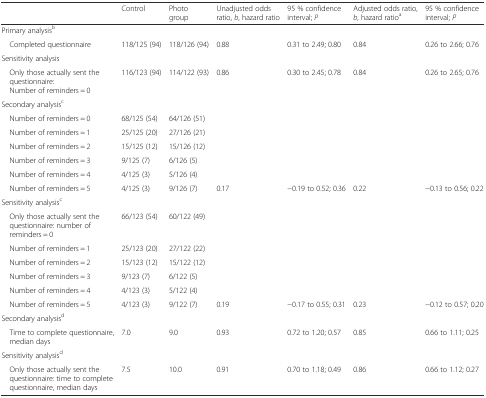
<table><thead><tr><td></td><td><b>Control</b></td><td><b>Photo group</b></td><td><b>Unadjusted odds ratio, <i>b</i>, hazard ratio</b></td><td><b>95 % confidence interval; <i>P</i></b></td><td><b>Adjusted odds ratio, <i>b</i>, hazard ratio<sup>a</sup></b></td><td><b>95 % confidence interval; <i>P</i></b></td></tr></thead><tbody><tr><td colspan="7">Primary analysis<sup>b</sup></td></tr><tr><td> Completed questionnaire</td><td>118/125 (94)</td><td>118/126 (94)</td><td>0.88</td><td>0.31 to 2.49; 0.80</td><td>0.84</td><td>0.26 to 2.66; 0.76</td></tr><tr><td colspan="7">Sensitivity analysis</td></tr><tr><td> Only those actually sent the questionnaire: Number of reminders = 0</td><td>116/123 (94)</td><td>114/122 (93)</td><td>0.86</td><td>0.30 to 2.45; 0.78</td><td>0.84</td><td>0.26 to 2.65; 0.76</td></tr><tr><td colspan="7">Secondary analysis<sup>c</sup></td></tr><tr><td> Number of reminders = 0</td><td>68/125 (54)</td><td>64/126 (51)</td><td></td><td></td><td></td><td></td></tr><tr><td> Number of reminders = 1</td><td>25/125 (20)</td><td>27/126 (21)</td><td></td><td></td><td></td><td></td></tr><tr><td> Number of reminders = 2</td><td>15/125 (12)</td><td>15/126 (12)</td><td></td><td></td><td></td><td></td></tr><tr><td> Number of reminders = 3</td><td>9/125 (7)</td><td>6/126 (5)</td><td></td><td></td><td></td><td></td></tr><tr><td> Number of reminders = 4</td><td>4/125 (3)</td><td>5/126 (4)</td><td></td><td></td><td></td><td></td></tr><tr><td> Number of reminders = 5</td><td>4/125 (3)</td><td>9/126 (7)</td><td>0.17</td><td>−0.19 to 0.52; 0.36</td><td>0.22</td><td>−0.13 to 0.56; 0.22</td></tr><tr><td colspan="7">Sensitivity analysis<sup>c</sup></td></tr><tr><td> Only those actually sent the questionnaire: number of reminders = 0</td><td>66/123 (54)</td><td>60/122 (49)</td><td></td><td></td><td></td><td></td></tr><tr><td> Number of reminders = 1</td><td>25/123 (20)</td><td>27/122 (22)</td><td></td><td></td><td></td><td></td></tr><tr><td> Number of reminders = 2</td><td>15/123 (12)</td><td>15/122 (12)</td><td></td><td></td><td></td><td></td></tr><tr><td> Number of reminders = 3</td><td>9/123 (7)</td><td>6/122 (5)</td><td></td><td></td><td></td><td></td></tr><tr><td> Number of reminders = 4</td><td>4/123 (3)</td><td>5/122 (4)</td><td></td><td></td><td></td><td></td></tr><tr><td> Number of reminders = 5</td><td>4/123 (3)</td><td>9/122 (7)</td><td>0.19</td><td>−0.17 to 0.55; 0.31</td><td>0.23</td><td>−0.12 to 0.57; 0.20</td></tr><tr><td colspan="7">Secondary analysis<sup>d</sup></td></tr><tr><td> Time to complete questionnaire, median days</td><td>7.0</td><td>9.0</td><td>0.93</td><td>0.72 to 1.20; 0.57</td><td>0.85</td><td>0.66 to 1.11; 0.25</td></tr><tr><td colspan="7">Sensitivity analysis<sup>d</sup></td></tr><tr><td> Only those actually sent the questionnaire: time to complete questionnaire, median days</td><td>7.5</td><td>10.0</td><td>0.91</td><td>0.70 to 1.18; 0.49</td><td>0.86</td><td>0.66 to 1.12; 0.27</td></tr></tbody></table>